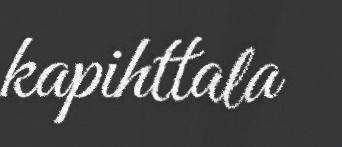
kapihttala